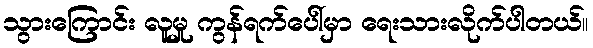
သွားကြောင်း လူမှု ကွန်ရက်ပေါ်မှာ ရေးသားလိုက်ပါတယ်။